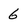
Character: 6